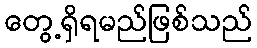
တွေ့ရှိရမည်ဖြစ်သည်